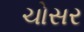
ચોસર